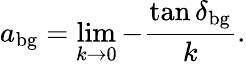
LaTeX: a_{\mathrm{bg}}=\operatorname*{lim}_{k\to 0}-\frac{\tan\delta_{\mathrm{bg}}}{k}.